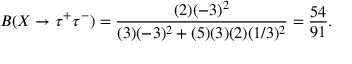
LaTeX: B ( X \rightarrow \tau ^ { + } \tau ^ { - } ) = { \frac { ( 2 ) ( - 3 ) ^ { 2 } } { ( 3 ) ( - 3 ) ^ { 2 } + ( 5 ) ( 3 ) ( 2 ) ( 1 / 3 ) ^ { 2 } } } = { \frac { 5 4 } { 9 1 } } .